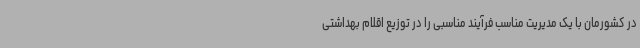
در کشورمان با یک مدیریت مناسب فرآیند مناسبی را در توزیع اقلام بهداشتی